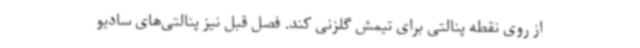
از روی نقطه پنالتی برای تیمش گلزنی کند. فصل قبل نیز پنالتی‌های سادیو